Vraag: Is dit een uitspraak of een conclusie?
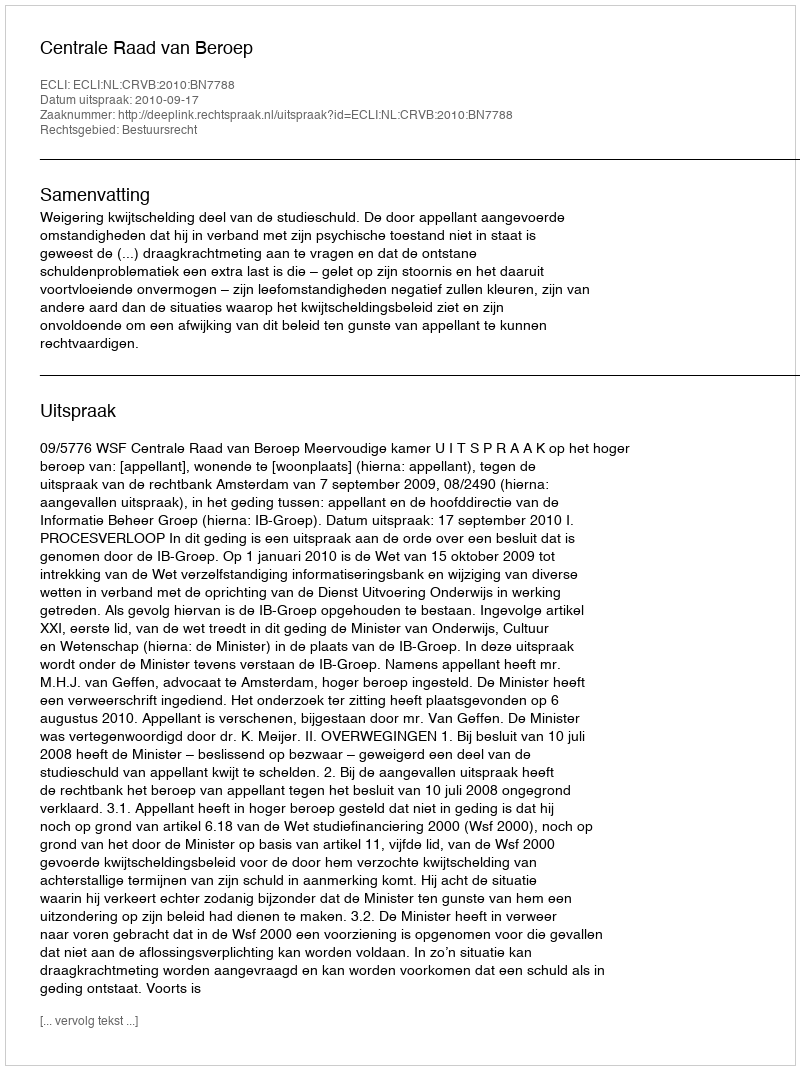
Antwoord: Uitspraak